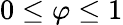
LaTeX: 0\leq\varphi\leq 1